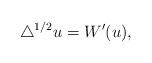
LaTeX: \begin{align*}{}\triangle^{1/2} u = W'(u),\end{align*}